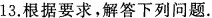
13.根据要求，解答下列问题.